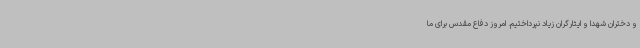
و دختران شهدا و ایثارگران زیاد نپرداختیم. امروز دفاع مقدس برای ما